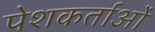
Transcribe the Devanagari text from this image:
पेशकर्ताओं